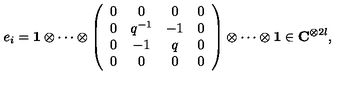
e _ { i } = { \bf 1 } \otimes \cdots \otimes \left( \begin{array} { c c c c } { 0 } & { 0 } & { 0 } & { 0 } \\ { 0 } & { q ^ { - 1 } } & { - 1 } & { 0 } \\ { 0 } & { - 1 } & { q } & { 0 } \\ { 0 } & { 0 } & { 0 } & { 0 } \\ \end{array} \right) \otimes \cdots \otimes { \bf 1 } \in { \bf C } ^ { \otimes 2 l } ,